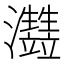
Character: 𤅏